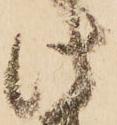
此